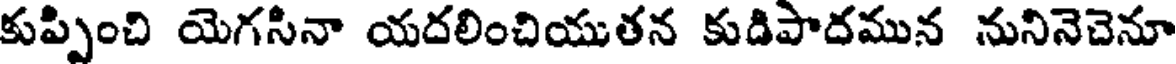
కుప్పించి యెగసినా యదలించియుతన కుడిపాదమున నునినెచెనూ